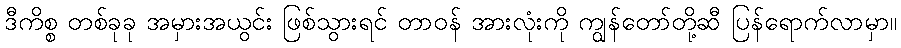
ဒီကိစ္စ တစ်ခုခု အမှားအယွင်း ဖြစ်သွားရင် တာဝန် အားလုံးကို ကျွန်တော်တို့ဆီ ပြန်ရောက်လာမှာ။